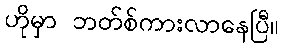
ဟိုမှာ ဘတ်စ်ကားလာနေပြီ။